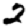
Digit: 2